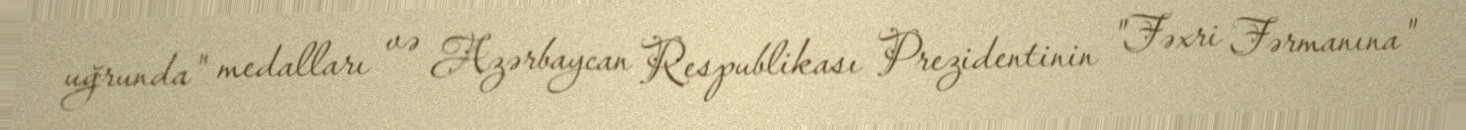
uğrunda" medalları və Azərbaycan Respublikası Prezidentinin "Fəxri Fərmanına"